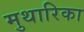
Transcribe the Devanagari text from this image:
मुथारिका